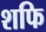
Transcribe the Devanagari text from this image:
शफि